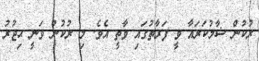
ރުކުން ޝާމުކަރައާ ވީ ފަރާތުގައި ވާތީ އެވެ. މި ރުކުން ވަނީ ޙިޖުރު